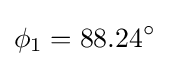
\phi _{1}=88.24^{\circ }